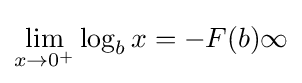
\lim _{x\to 0^{+}}\log _{b}x=-F(b)\infty